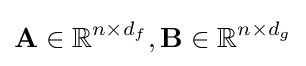
\mathbf {A} \in \mathbb {R} ^{n\times d_{f}},\mathbf {B} \in \mathbb {R} ^{n\times d_{g}}